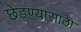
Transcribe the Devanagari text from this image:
छेडण्यासाठी